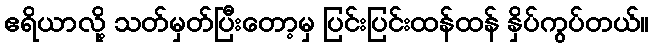
ဧရိယာလို့ သတ်မှတ်ပြီးတော့မှ ပြင်းပြင်းထန်ထန် နှိပ်ကွပ်တယ်။